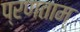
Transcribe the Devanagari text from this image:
प्रणताम्